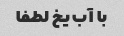
با آب یخ لطفا